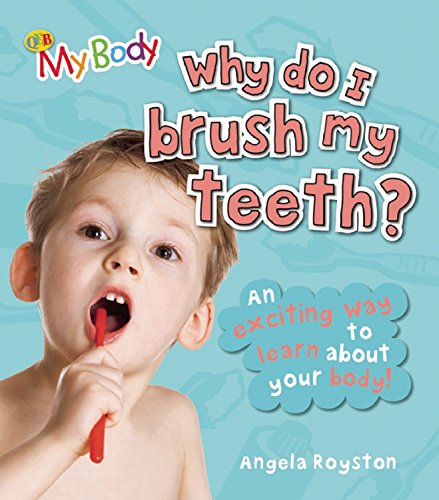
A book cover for Why Do I Brush My Teeth? (My Body); Angela Royston; Medical Books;